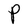
Character: P